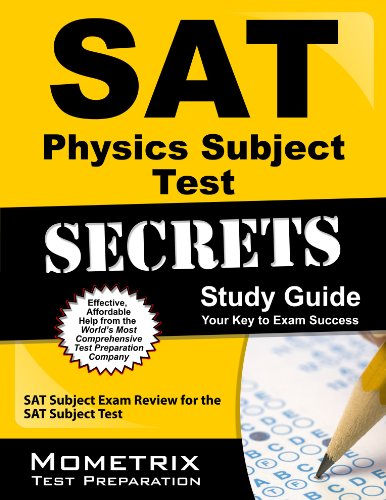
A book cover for SAT Physics Subject Test Secrets Study Guide: SAT Subject Exam Review for the SAT Subject Test; SAT Subject Exam Secrets Test Prep Team; Test Preparation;